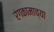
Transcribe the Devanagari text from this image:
रंगकामाच्या